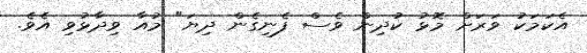
އެކަމަކު ވަރަށް މޮޅު ކުދިން ވެސް ފެނިގެން ދިޔަ" މުއާ ވިދާޅުވި އެވެ.